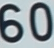
60